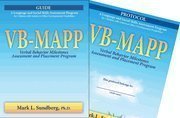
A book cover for VB-MAPP: Verbal Behavior Milestones Assessment and Placement Program, Full Set; Mark L. Sundberg; Education & Teaching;